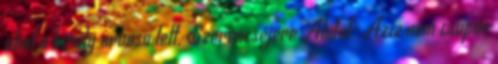
ahol a király orvosa lett. Szerencséjére Abdul-Aziz nem csupán